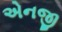
એનજી